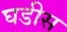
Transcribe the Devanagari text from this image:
घडीस